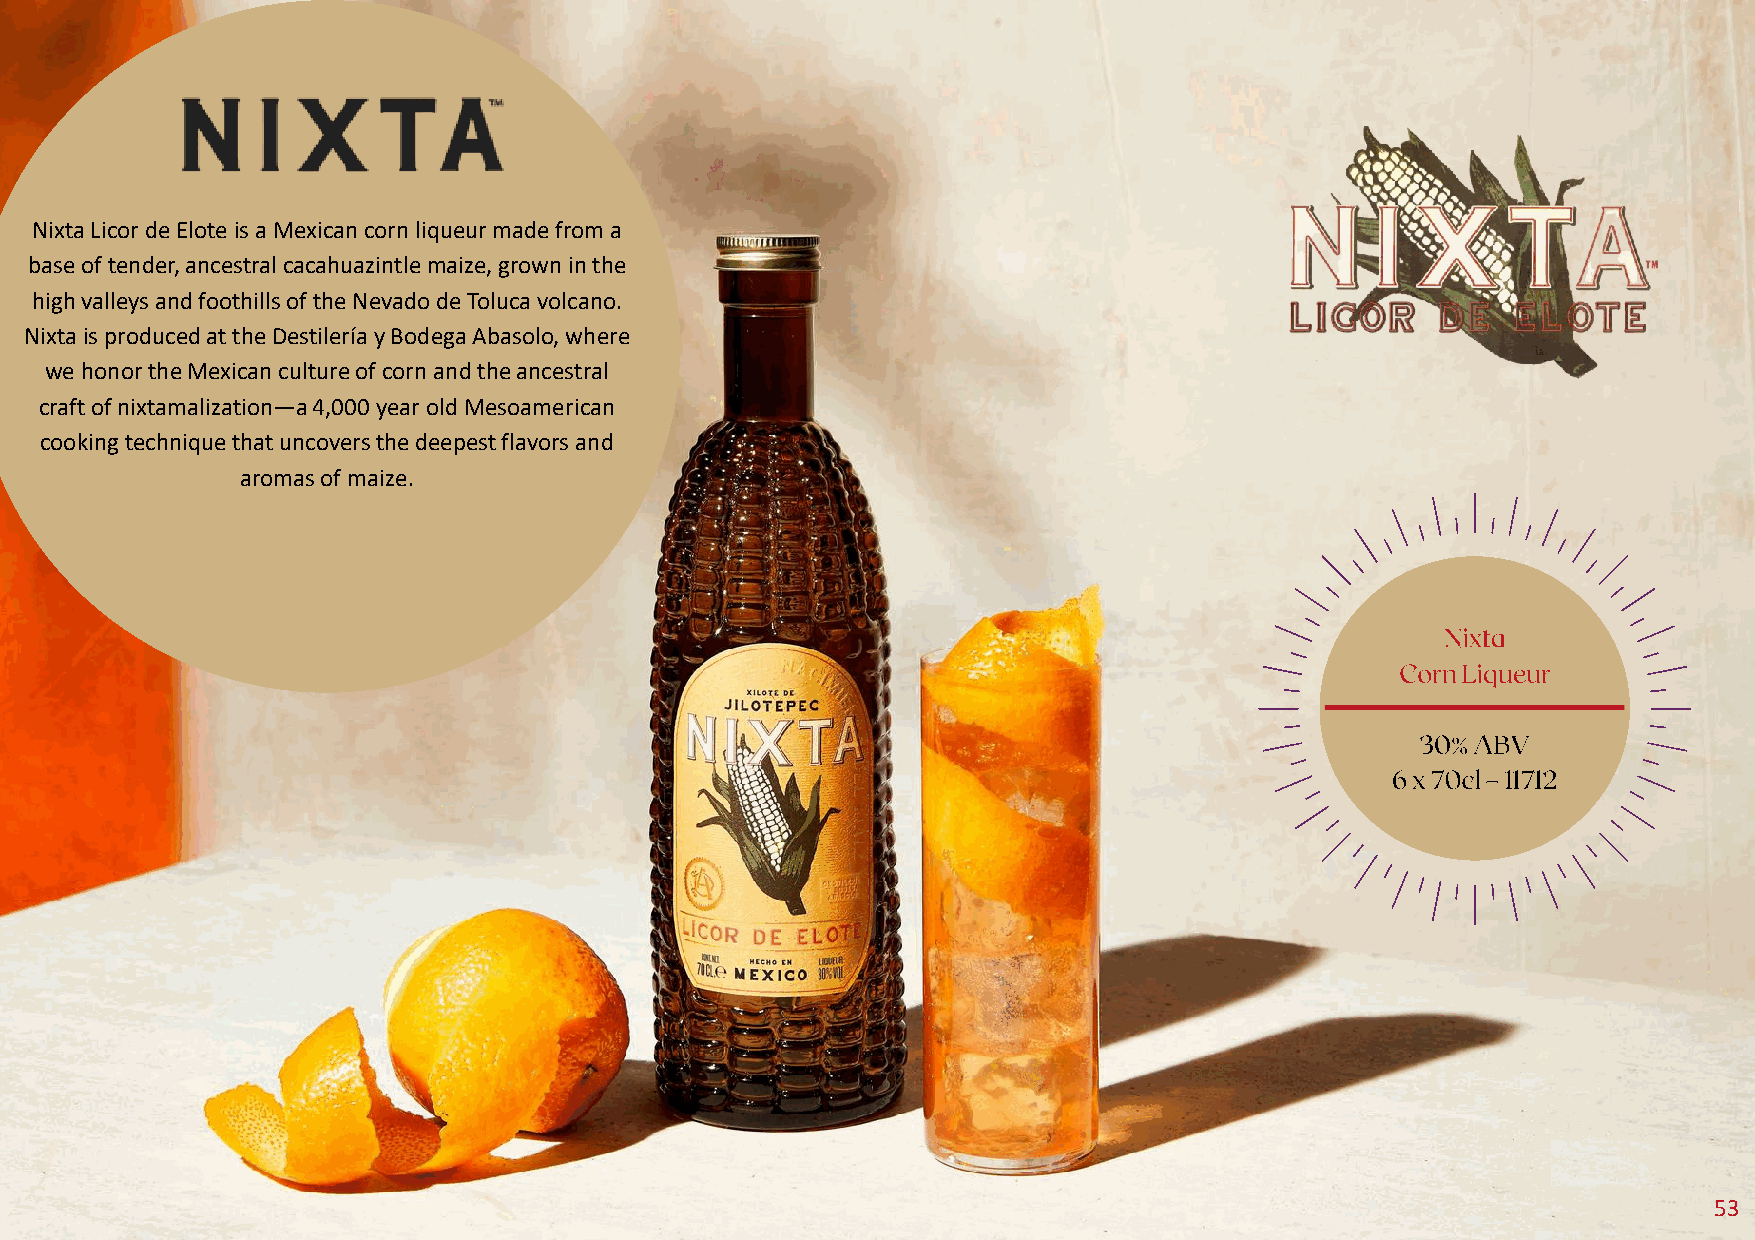
NixtaLicorde Eloteis a Mexican corn liqueur made from a
 base of tender, ancestral cacahuazintlemaize, grown in the
 high valleys and foothills of the Nevadode Toluca volcano.
 Nixtais produced at the Destileríay Bodega Abasolo, where
 we honor the Mexican culture of corn and the ancestral
 craft of nixtamalization—a 4,000 year old Mesoamerican
 cooking technique that uncovers the deepest flavors and
 aromas of maize.
 53